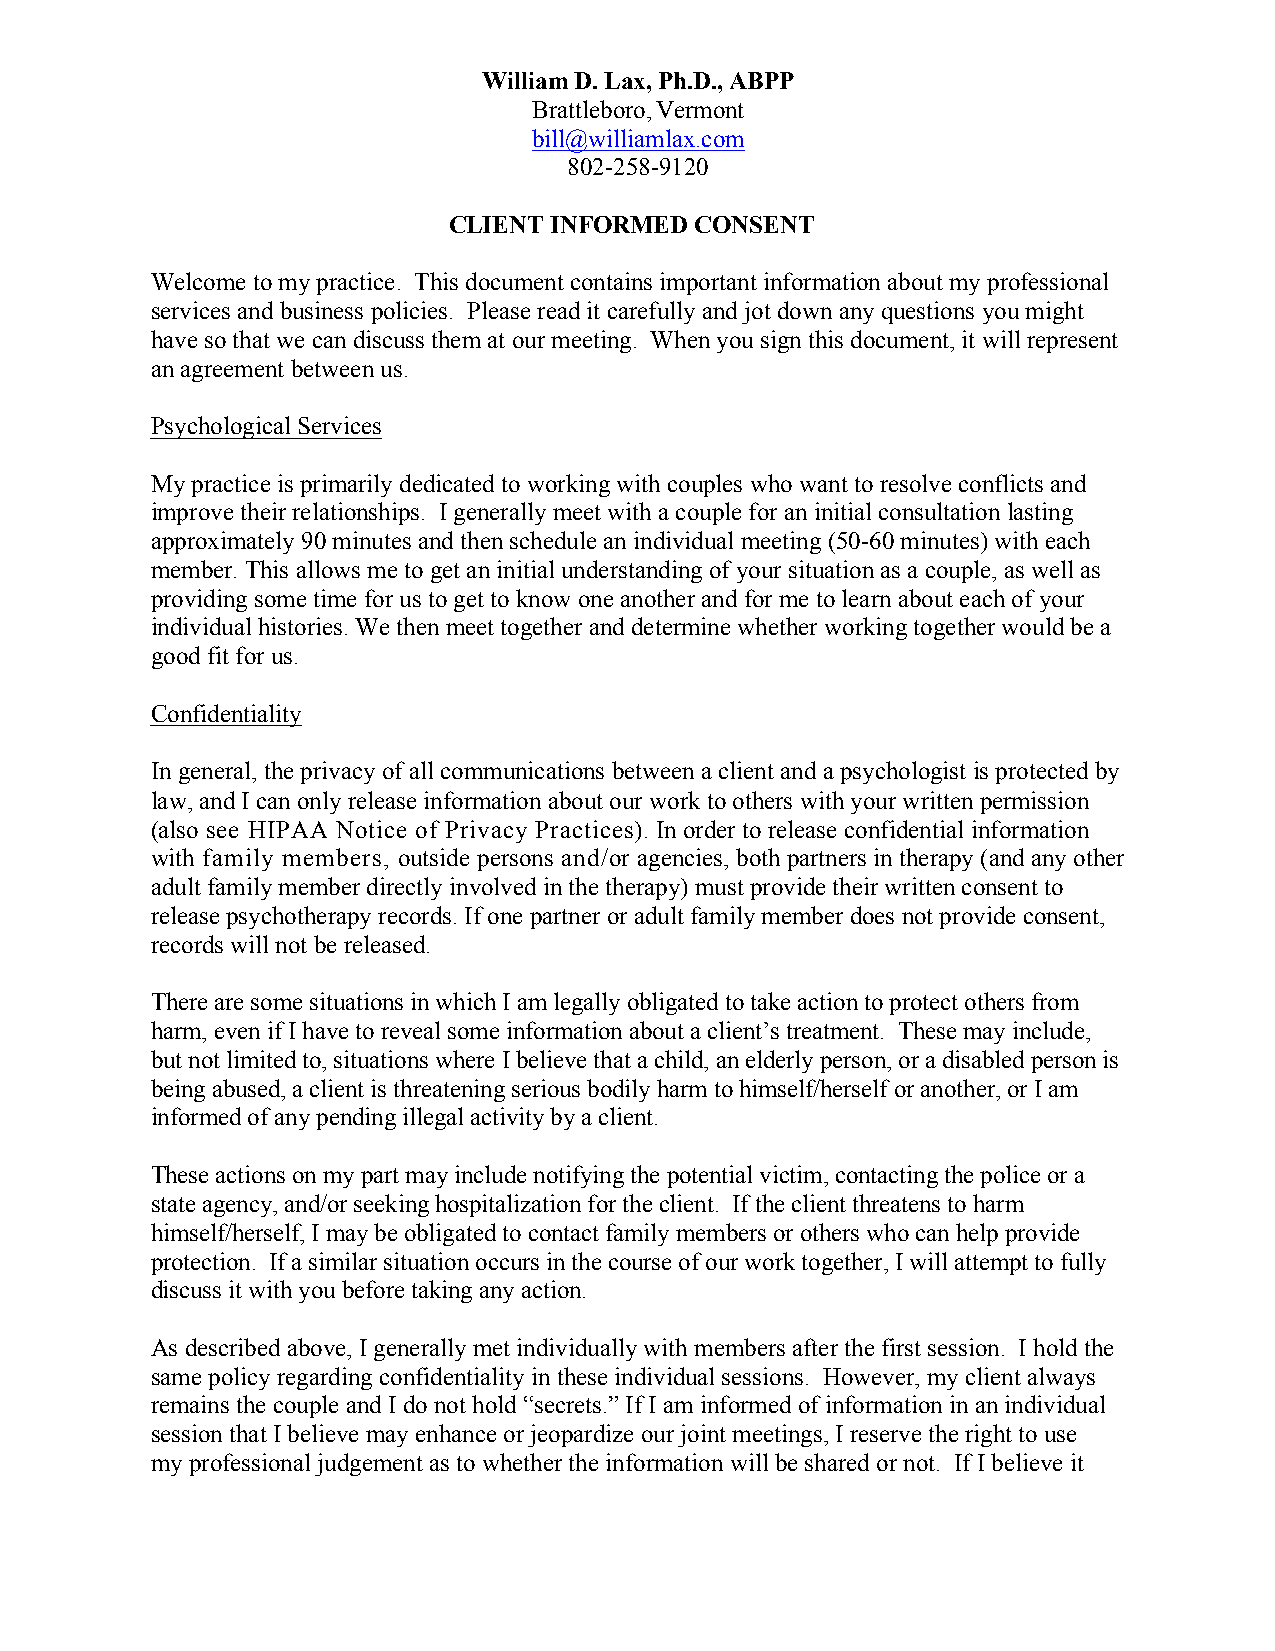
William D. Lax, Ph.D., ABPP
 Brattleboro, Vermont
 bill@williamlax.com
 802-258-9120
 CLIENT INFORMED CONSENT
 Welcome to my practice. This document contains important information about my professional
 services and business policies. Please read it carefully and jot down any questions you might
 have so that we can discuss them at our meeting. When you sign this document, it will represent
 an agreement between us.
 Psychological Services
 My practice is primarily dedicated to working with couples who want to resolve conflicts and
 improve their relationships. I generally meet with a couple for an initial consultation lasting
 approximately 90 minutes and then schedule an individual meeting (50-60 minutes) with each
 member. This allows me to get an initial understanding of your situation as a couple, as well as
 providing some time for us to get to know one another and for me to learn about each of your
 individual histories. We then meet together and determine whether working together would be a
 good fit for us.
 Confidentiality
 In general, the privacy of all communications between a client and a psychologist is protected by
 law, and I can only release information about our work to others with your written permission
 (also see HIPAA Notice of Privacy Practices). In order to release confidential information
 with family members, outside persons and/or agencies, both partners in therapy (and any other
 adult family member directly involved in the therapy) must provide their written consent to
 release psychotherapy records. If one partner or adult family member does not provide consent,
 records will not be released.
 There are some situations in which I am legally obligated to take action to protect others from
 harm, even if I have to reveal some information about a client’s treatment. These may include,
 but not limited to, situations where I believe that a child, an elderly person, or a disabled person is
 being abused, a client is threatening serious bodily harm to himself/herself or another, or I am
 informed of any pending illegal activity by a client.
 These actions on my part may include notifying the potential victim, contacting the police or a
 state agency, and/or seeking hospitalization for the client. If the client threatens to harm
 himself/herself, I may be obligated to contact family members or others who can help provide
 protection. If a similar situation occurs in the course of our work together, I will attempt to fully
 discuss it with you before taking any action.
 As described above, I generally met individually with members after the first session. I hold the
 same policy regarding confidentiality in these individual sessions. However, my client always
 remains the couple and I do not hold “secrets.” If I am informed of information in an individual
 session that I believe may enhance or jeopardize our joint meetings, I reserve the right to use
 my professional judgement as to whether the information will be shared or not. If I believe it